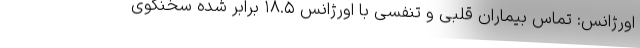
اورژانس: تماس بیماران قلبی و تنفسی با اورژانس ۱۸.۵ برابر شده سخنگوی